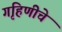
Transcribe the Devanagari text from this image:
गृहिणीचे